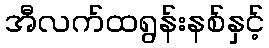
အီလက်ထရွန်းနစ်နှင့်